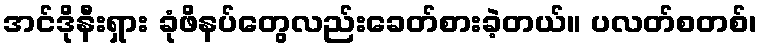
အင်ဒိုနီးရှား ခုံဖိနပ်တွေလည်းခေတ်စားခဲ့တယ်။ ပလတ်စတစ်၊